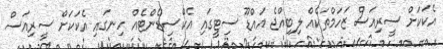
އެކަކަށް ސީރިއަސް ޒަހަމްތަކެއް ލިބިއްޖެ އައްޑޫ ސިޓީގައި އެކްސިޑެންޓެއް ހިނގައި އެކަކަށް ސީރިއަސް